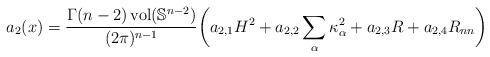
LaTeX: \begin{align*} a_2(x)=\frac{\Gamma(n-2)\operatorname{vol}(\mathbb{S}^{n-2})}{(2\pi)^{n-1}} \bigg( a_{2,1}H^2+a_{2,2}\sum_{\alpha} \kappa_\alpha^2+ a_{2,3}R+a_{2,4}R_{nn} \bigg) \end{align*}